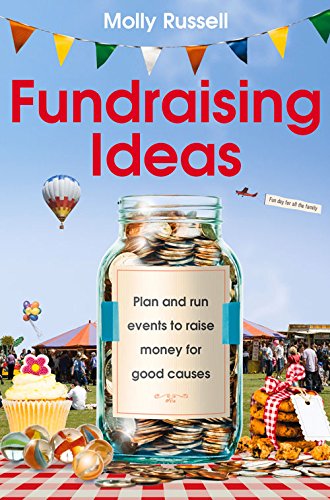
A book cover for Fundraising Ideas: Plan and Run Events to Raise Money for Good Causes; Molly Russell; Business & Money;